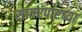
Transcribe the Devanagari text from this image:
सागरपारच्या